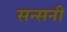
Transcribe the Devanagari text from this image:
सन्सनी